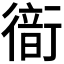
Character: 𧗹